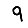
Digit: 9